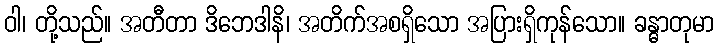
ဝါ၊ တို့သည်။ အတီတာ ဒိဘေဒါနိ၊ အတိက်အစရှိသော အပြားရှိကုန်သော။ ခန္ဓာတုမာ